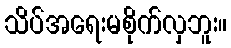
သိပ်အရေးမစိုက်လှဘူး။